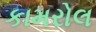
કામરોલ